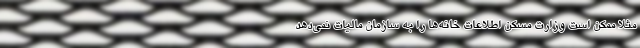
مثلا ممکن است وزارت مسکن اطلاعات خانه‌ها را به سازمان مالیات نمی‌دهد